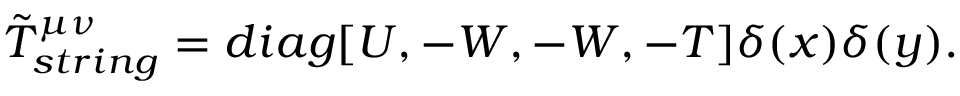
\tilde { T } _ { s t r i n g } ^ { \mu \nu } = d i a g [ U , - W , - W , - T ] \delta ( x ) \delta ( y ) .